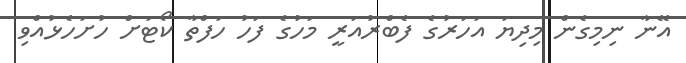
އޭނާ ނިމިގެން މިދިޔަ އަހަރުގެ ފެބްރުއަރީ މަހުގެ ފަހު ހަފްތާ ކޯޓަށް ހުށަހެޅުއްވި